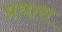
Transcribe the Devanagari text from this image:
प्रधास